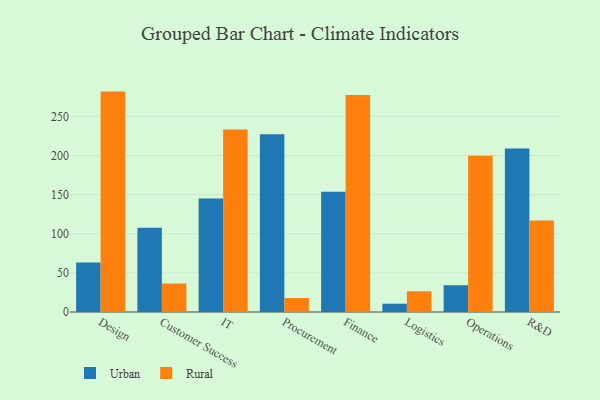
{"axis": {"x": "Department", "y": "Demand Index"}, "legend": ["Rural", "Urban"], "data": [{"x": "Design", "y": 63.3, "type": "Urban"}, {"x": "Design", "y": 281.7, "type": "Rural"}, {"x": "Customer Success", "y": 107.8, "type": "Urban"}, {"x": "Customer Success", "y": 36.4, "type": "Rural"}, {"x": "IT", "y": 145.2, "type": "Urban"}, {"x": "IT", "y": 233.1, "type": "Rural"}, {"x": "Procurement", "y": 227.3, "type": "Urban"}, {"x": "Procurement", "y": 17.9, "type": "Rural"}, {"x": "Finance", "y": 153.8, "type": "Urban"}, {"x": "Finance", "y": 277.2, "type": "Rural"}, {"x": "Logistics", "y": 10.6, "type": "Urban"}, {"x": "Logistics", "y": 26.5, "type": "Rural"}, {"x": "Operations", "y": 34.2, "type": "Urban"}, {"x": "Operations", "y": 199.7, "type": "Rural"}, {"x": "R&D", "y": 208.9, "type": "Urban"}, {"x": "R&D", "y": 117.0, "type": "Rural"}]}